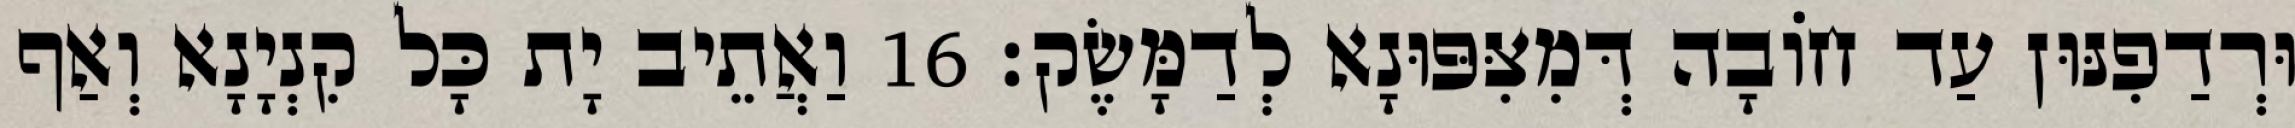
וּרְדַפִנּוּן עַד חוֹבָה דְּמִצִּפּוּנָא לְדַמָּשֶׂק׃ 16 וַאֲתֵיב יָת כָּל קִנְיָנָא וְאַף